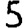
Digit: 5